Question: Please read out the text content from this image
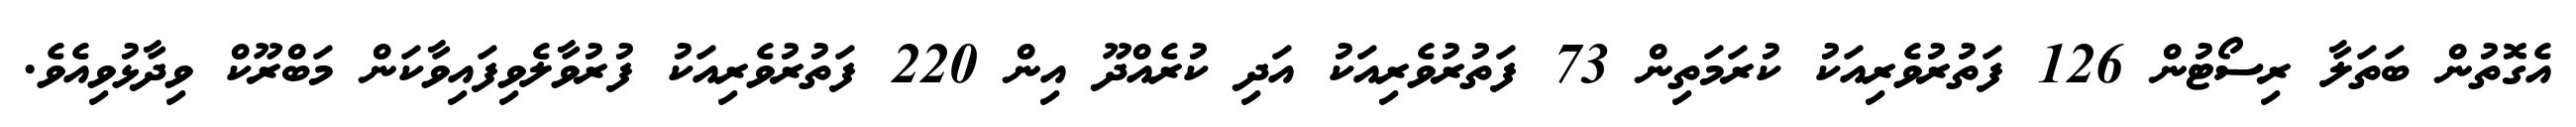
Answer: އެގޮތުން ބަތަލާ ރިސޯޓުން 126 ފަތުރުވެރިއަކު ކުރަމަތިން 73 ފަތުރުވެރިއަކު އަދި ކުރެއްދޫ އިން 220 ފަތުރުވެރިއަކު ފުރުވާލެވިފައިވާކަން މަބްރޫކް ވިދާޅުވިއެވެ.